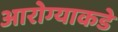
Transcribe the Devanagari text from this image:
आरोग्याकडे